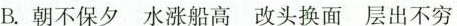
B. 朝不保夕 水涨船高 改头换面 层出不穷